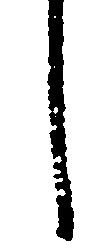
し